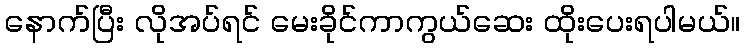
နောက်ပြီး လိုအပ်ရင် မေးခိုင်ကာကွယ်ဆေး ထိုးပေးရပါမယ်။